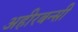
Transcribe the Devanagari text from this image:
अहीरबन्सी